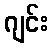
ဂျင်း